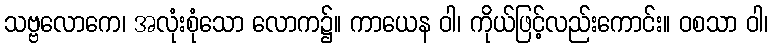
သဗ္ဗလောကေ၊ အလုံးစုံသော လောက၌။ ကာယေန ဝါ၊ ကိုယ်ဖြင့်လည်းကောင်း။ ဝစသာ ဝါ၊